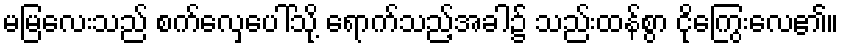
မမြလေးသည် စက်လှေပေါ်သို့ ရောက်သည့်အခါ၌ သည်းထန်စွာ ငိုကြွေးလေ၏။